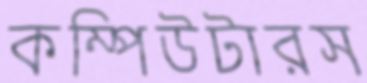
কম্পিউটারস